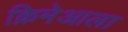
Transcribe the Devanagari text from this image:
क्रिमेआला